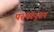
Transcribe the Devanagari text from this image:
परंपरेनुरूप